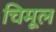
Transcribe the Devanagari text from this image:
चिमूल